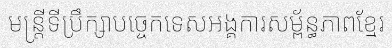
មន្ត្រីទីប្រឹក្សាបច្ចេកទេសអង្គការសម្ព័ន្ធភាពខ្មែរ